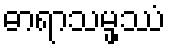
ဓာရာသမ္ဖဿံ